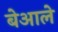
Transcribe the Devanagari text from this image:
बेआले